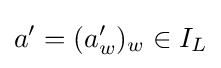
a'=(a'_{w})_{w}\in I_{L}